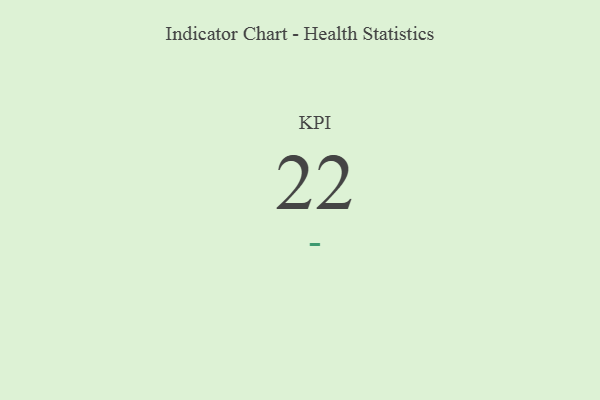
{"axis": {"x": "KPI", "y": "Value"}, "legend": [""], "data": [{"x": "KPI", "y": 22, "type": ""}]}